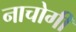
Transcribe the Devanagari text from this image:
नाचोगी